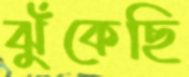
ঝুঁকেছি